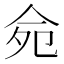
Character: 𠈢